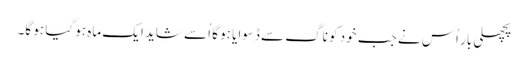
پچھلی بار اُس نے جب خود کو ناگ سے ڈسوایا ہو گا اُسے شاید ایک ماہ ہو گیا ہو گا۔